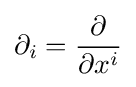
\partial _{i}={\frac {\partial }{\partial x^{i}}}